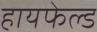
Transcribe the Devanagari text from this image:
हायफेल्ड